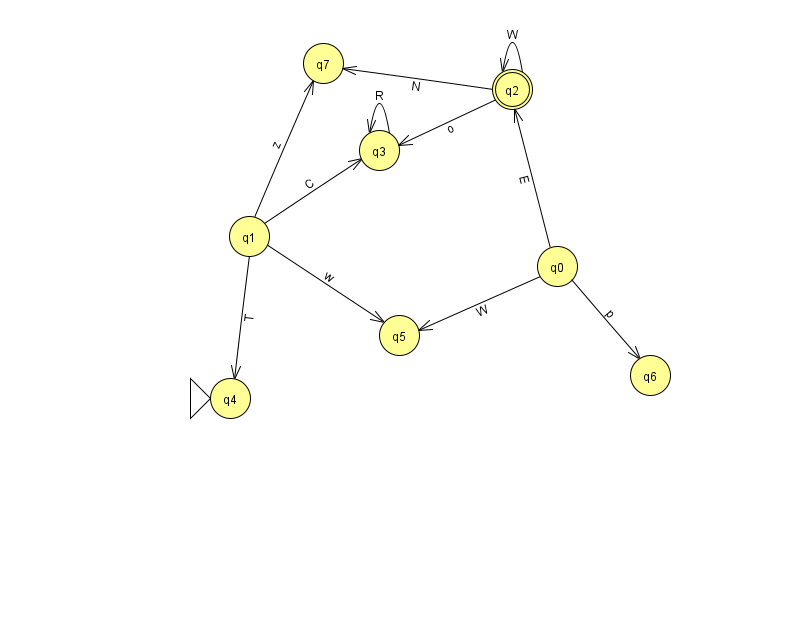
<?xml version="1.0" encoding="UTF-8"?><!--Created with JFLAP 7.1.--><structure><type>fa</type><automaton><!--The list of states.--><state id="0" name="q0"><x>557.0</x><y>253.0</y></state><state id="1" name="q1"><x>249.0</x><y>223.0</y></state><state id="2" name="q2"><x>512.0</x><y>76.0</y><final/></state><state id="3" name="q3"><x>379.0</x><y>137.0</y></state><state id="4" name="q4"><x>230.0</x><y>385.0</y><initial/></state><state id="5" name="q5"><x>399.0</x><y>322.0</y></state><state id="6" name="q6"><x>650.0</x><y>362.0</y></state><state id="7" name="q7"><x>323.0</x><y>50.0</y></state><!--The list of transitions.--><transition><from>1</from><to>3</to><read>C</read></transition><transition><from>2</from><to>3</to><read>o</read></transition><transition><from>3</from><to>3</to><read>R</read></transition><transition><from>2</from><to>7</to><read>N</read></transition><transition><from>1</from><to>5</to><read>w</read></transition><transition><from>1</from><to>4</to><read>T</read></transition><transition><from>0</from><to>2</to><read>E</read></transition><transition><from>2</from><to>2</to><read>W</read></transition><transition><from>0</from><to>5</to><read>W</read></transition><transition><from>1</from><to>7</to><read>z</read></transition><transition><from>0</from><to>6</to><read>p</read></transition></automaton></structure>